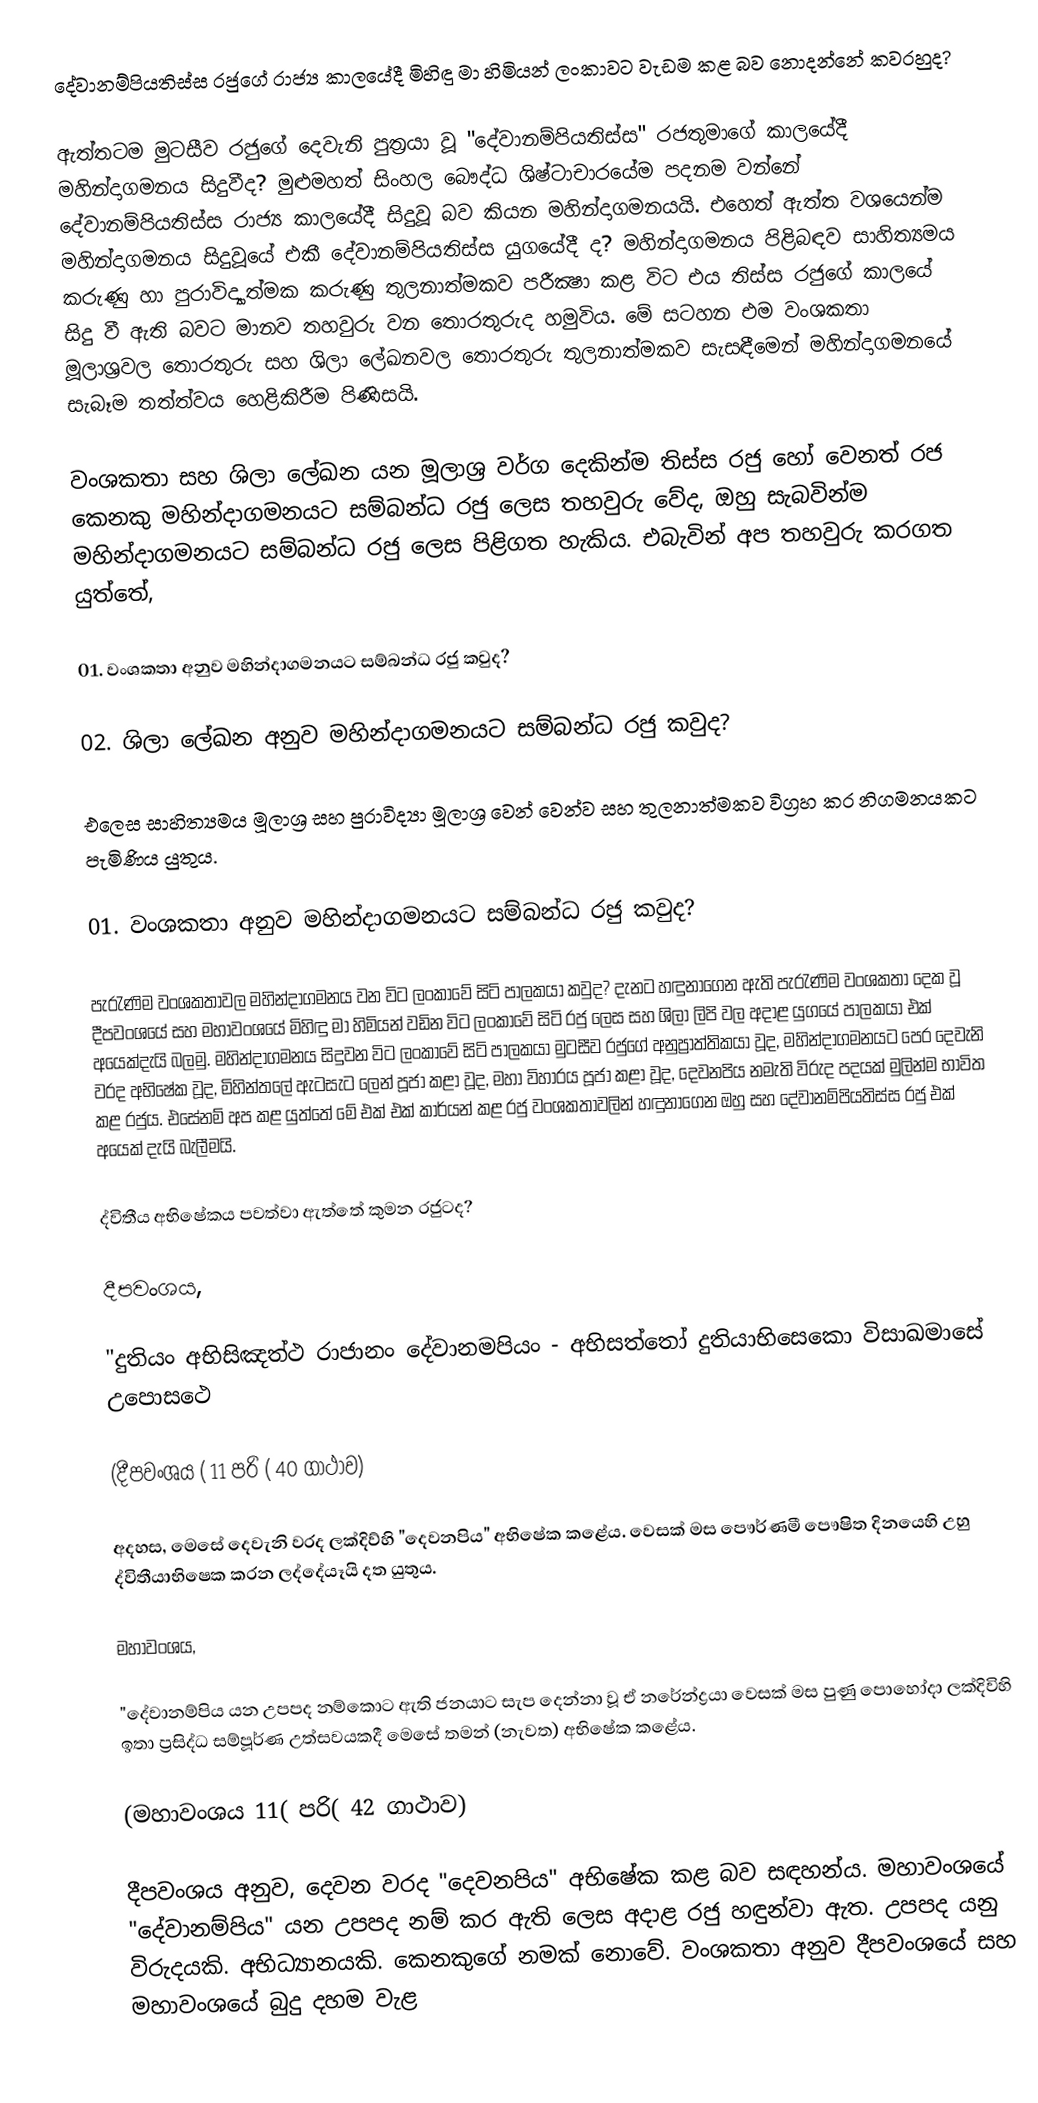
දේවානම්පියතිස්‌ස රජුගේ රාජ්‍ය කාලයේදී මිහිඳු මා හිමියන් ලංකාවට වැඩම කළ බව නොදන්නේ කවරහුද?

ඇත්තටම මුටසීව රජුගේ දෙවැනි පුත්‍රයා වූ "දේවානම්පියතිස්‌ස" රජතුමාගේ කාලයේදී මහින්දාගමනය සිදුවීද? මුළුමහත් සිංහල බෞද්ධ ශිෂ්ටාචාරයේම පදනම වන්නේ දේවානම්පියතිස්‌ස රාජ්‍ය කාලයේදී සිදුවූ බව කියන මහින්දාගමනයයි. එහෙත් ඇත්ත වශයෙන්ම මහින්දාගමනය සිදුවූයේ එකී දේවානම්පියතිස්‌ස යුගයේදී ද? මහින්දාගමනය පිළිබඳව සාහිත්‍යමය කරුණු හා පුරාවිද්‍යාත්මක කරුණු තුලනාත්මකව පරීක්‍ෂා කළ විට එය තිස්‌ස රජුගේ කාලයේ සිදු වී ඇති බවට මානව තහවුරු වන තොරතුරුද හමුවිය. මේ සටහන එම වංශකතා මූලාශ්‍රවල තොරතුරු සහ ශිලා ලේඛනවල තොරතුරු තුලනාත්මකව සැසඳීමෙන් මහින්දාගමනයේ සැබෑම තත්ත්වය හෙළිකිරීම පිණිසයි.

වංශකතා සහ ශිලා ලේඛන යන මූලාශ්‍ර වර්ග දෙකින්ම තිස්‌ස රජු හෝ වෙනත් රජ කෙනකු මහින්දාගමනයට සම්බන්ධ රජු ලෙස තහවුරු වේද, ඔහු සැබවින්ම මහින්දාගමනයට සම්බන්ධ රජු ලෙස පිළිගත හැකිය. එබැවින් අප තහවුරු කරගත යුත්තේ,

01. වංශකතා අනුව මහින්දාගමනයට සම්බන්ධ රජු කවුද?

02. ශිලා ලේඛන අනුව මහින්දාගමනයට සම්බන්ධ රජු කවුද?

එලෙස සාහිත්‍යමය මූලාශ්‍ර සහ පුරාවිද්‍යා මූලාශ්‍ර වෙන් වෙන්ව සහ තුලනාත්මකව විග්‍රහ කර නිගමනයකට පැමිණිය යුතුය.

01. වංශකතා අනුව මහින්දාගමනයට සම්බන්ධ රජු කවුද?

පැරැණිම වංශකතාවල මහින්දාගමනය වන විට ලංකාවේ සිටි පාලකයා කවුද? දැනට හඳුනාගෙන ඇති පැරැණිම වංශකතා දෙක වූ දීපවංශයේ සහ මහාවංශයේ මිහිඳු මා හිමියන් වඩින විට ලංකාවේ සිටි රජු ලෙස සහ ශිලා ලිපි වල අදාළ යුගයේ පාලකයා එක්‌ අයෙක්‌දැයි බලමු. මහින්දාගමනය සිදුවන විට ලංකාවේ සිටි පාලකයා මුටසීව රජුගේ අනුප්‍රාත්තිකයා වූද, මහින්දාගමනයට පෙර දෙවැනි වරද අභිෂේක වූද, මිහින්තලේ ඇටසැට ලෙන් පූජා කළා වූද, මහා විහාරය පූජා කළා වූද, දෙවනපිය නමැති විරුද පදයක්‌ මුලින්ම භාවිත කළ රජුය. එසේනම් අප කළ යුත්තේ මේ එක්‌ එක්‌ කාර්යන් කළ රජු වංශකතාවලින් හඳුනාගෙන ඔහු සහ දේවානම්පියතිස්‌ස රජු එක්‌ අයෙක්‌ දැයි බැලීමයි.

ද්විතීය අභිෂේකය පවත්වා ඇත්තේ කුමන රජුටද?

දීපවංශය,

"දුතියං අභිසිඤත්ථ රාජානං දේවානමපියං - අභිසත්තෝ දුතියාභිසෙකො විසාඛමාසේ උපොසථෙ

(දීපවංශය ( 11 පරි ( 40 ගාථාව)

අදහස, මෙසේ දෙවැනි වරද ලක්‌දිව්හි "දෙවනපිය" අභිෂේක කළේය. වෙසක්‌ මස පෞර්ණමී පෞෂිත දිනයෙහි උහු ද්විතීයාභිෂෙක කරන ලද්දේයෑයි දත යුතුය.

මහාවංශය,

"දේවානම්පිය යන උපපද නම්කොට ඇති ජනයාට සැප දෙන්නා වූ ඒ නරේන්ද්‍රයා වෙසක්‌ මස පුණු පොහෝදා ලක්‌දිවිහි ඉතා ප්‍රසිද්ධ සම්පූර්ණ උත්සවයකදී මෙසේ තමන් (නැවත) අභිෂේක කළේය.

(මහාවංශය 11( පරි( 42 ගාථාව)

දීපවංශය අනුව, දෙවන වරද "දෙවනපිය" අභිෂේක කළ බව සඳහන්ය. මහාවංශයේ "දේවානම්පිය" යන උපපද නම් කර ඇති ලෙස අදාළ රජු හඳුන්වා ඇත. උපපද යනු විරුදයකි. අභිධ්‍යානයකි. කෙනකුගේ නමක්‌ නොවේ. වංශකතා අනුව දීපවංශයේ සහ මහාවංශයේ බුදු දහම වැළ